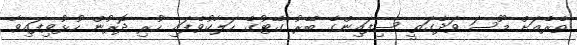
ތެރެއަށް މޫސަ ވަދެގަތީ ސިފައިންގެ ބޭރު ގޭޓުގެ ހަލާކުވެފައި ހުރި ދޮރުން ހުޅުވިފައިވާ